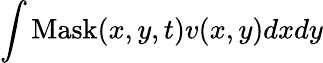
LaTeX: \int\mathrm{Mask}(x,y,t)v(x,y)dxdy